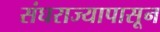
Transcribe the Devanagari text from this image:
संघराज्यापासून